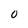
Character: O